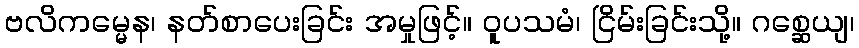
ဗလိကမ္မေန၊ နတ်စာပေးခြင်း အမှုဖြင့်။ ဝူပသမံ၊ ငြိမ်းခြင်းသို့။ ဂစ္ဆေယျ၊